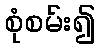
စုံစမ်း၍